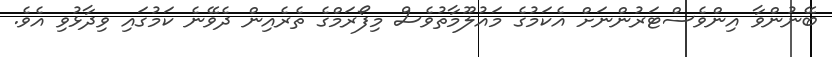
ބޭނުންވާ އިންވެސްޓަރުންނަށް އެކަމުގެ މައުލޫމާތުވެސް މިފޯރަމްގެ ތެރެއިން ދެވޭނެ ކަމުގައި ވިދާޅުވި އެވެ.